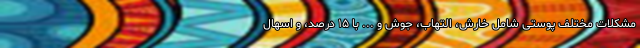
مشکلات مختلف پوستی شامل خارش، التهاب، جوش و ... با ۱۵ درصد، و اسهال